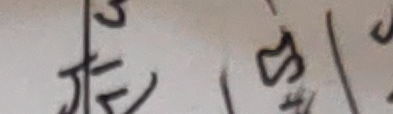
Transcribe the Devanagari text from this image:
छ ।